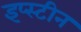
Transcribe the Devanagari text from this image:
इप्स्टीन